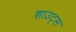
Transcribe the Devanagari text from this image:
शाउट्स